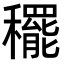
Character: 䆉